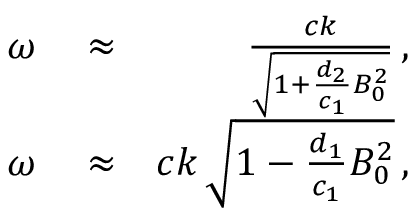
\begin{array} { r l r } { \omega } & { { } \approx } & { \frac { c k } { \sqrt { 1 + \frac { d _ { 2 } } { c _ { 1 } } B _ { 0 } ^ { 2 } } } \, , } \\ { \omega } & { { } \approx } & { c k \, \sqrt { 1 - \frac { d _ { 1 } } { c _ { 1 } } B _ { 0 } ^ { 2 } } \, , } \end{array}